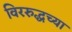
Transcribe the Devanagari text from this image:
विररुद्धच्या